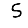
Digit: 5